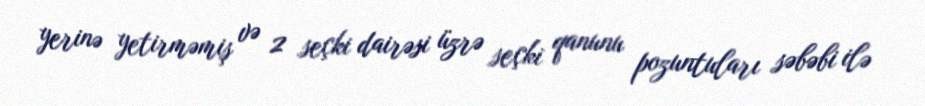
yerinə yetirməmiş və 2 seçki dairəsi üzrə seçki qanunu pozuntuları səbəbi ilə